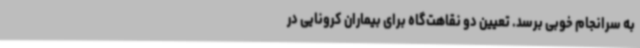
به سرانجام خوبی برسد. تعیین دو نقاهت‌گاه برای بیماران کرونایی در